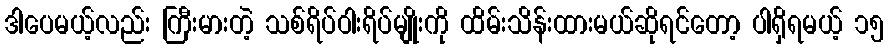
ဒါပေမယ့်လည်း ကြီးမားတဲ့ သစ်ရိပ်ဝါးရိပ်မျိုးကို ထိမ်းသိန်းထားမယ်ဆိုရင်တော့ ပါရှိရမယ့် ၁၅